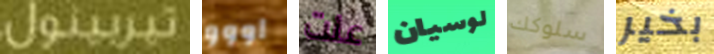
تيربينول اووو عنت لوسيان سلوكك بخير